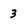
Character: 3